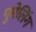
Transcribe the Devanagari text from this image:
पुमेलिंग